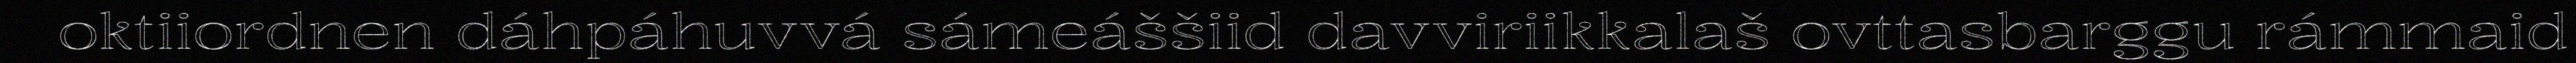
oktiiordnen dáhpáhuvvá sámeáššiid davviriikkalaš ovttasbarggu rámmaid